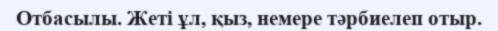
Отбасылы. Жеті ұл, қыз, немере тәрбиелеп отыр.